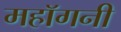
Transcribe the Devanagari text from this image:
महाॅगनी